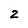
Character: 2